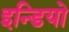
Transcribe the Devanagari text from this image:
इन्डियो